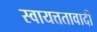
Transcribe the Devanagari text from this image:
स्वायत्ततावादी